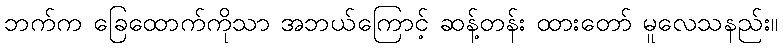
ဘက်က ခြေထောက်ကိုသာ အဘယ်ကြောင့် ဆန့်တန်း ထားတော် မူလေသနည်း။